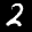
Label: 2